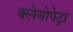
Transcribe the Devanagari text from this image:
क्लेयोपेट्रा